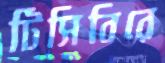
টিসিবিরে